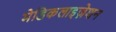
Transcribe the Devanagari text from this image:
मेडिकलाइज़ेशन